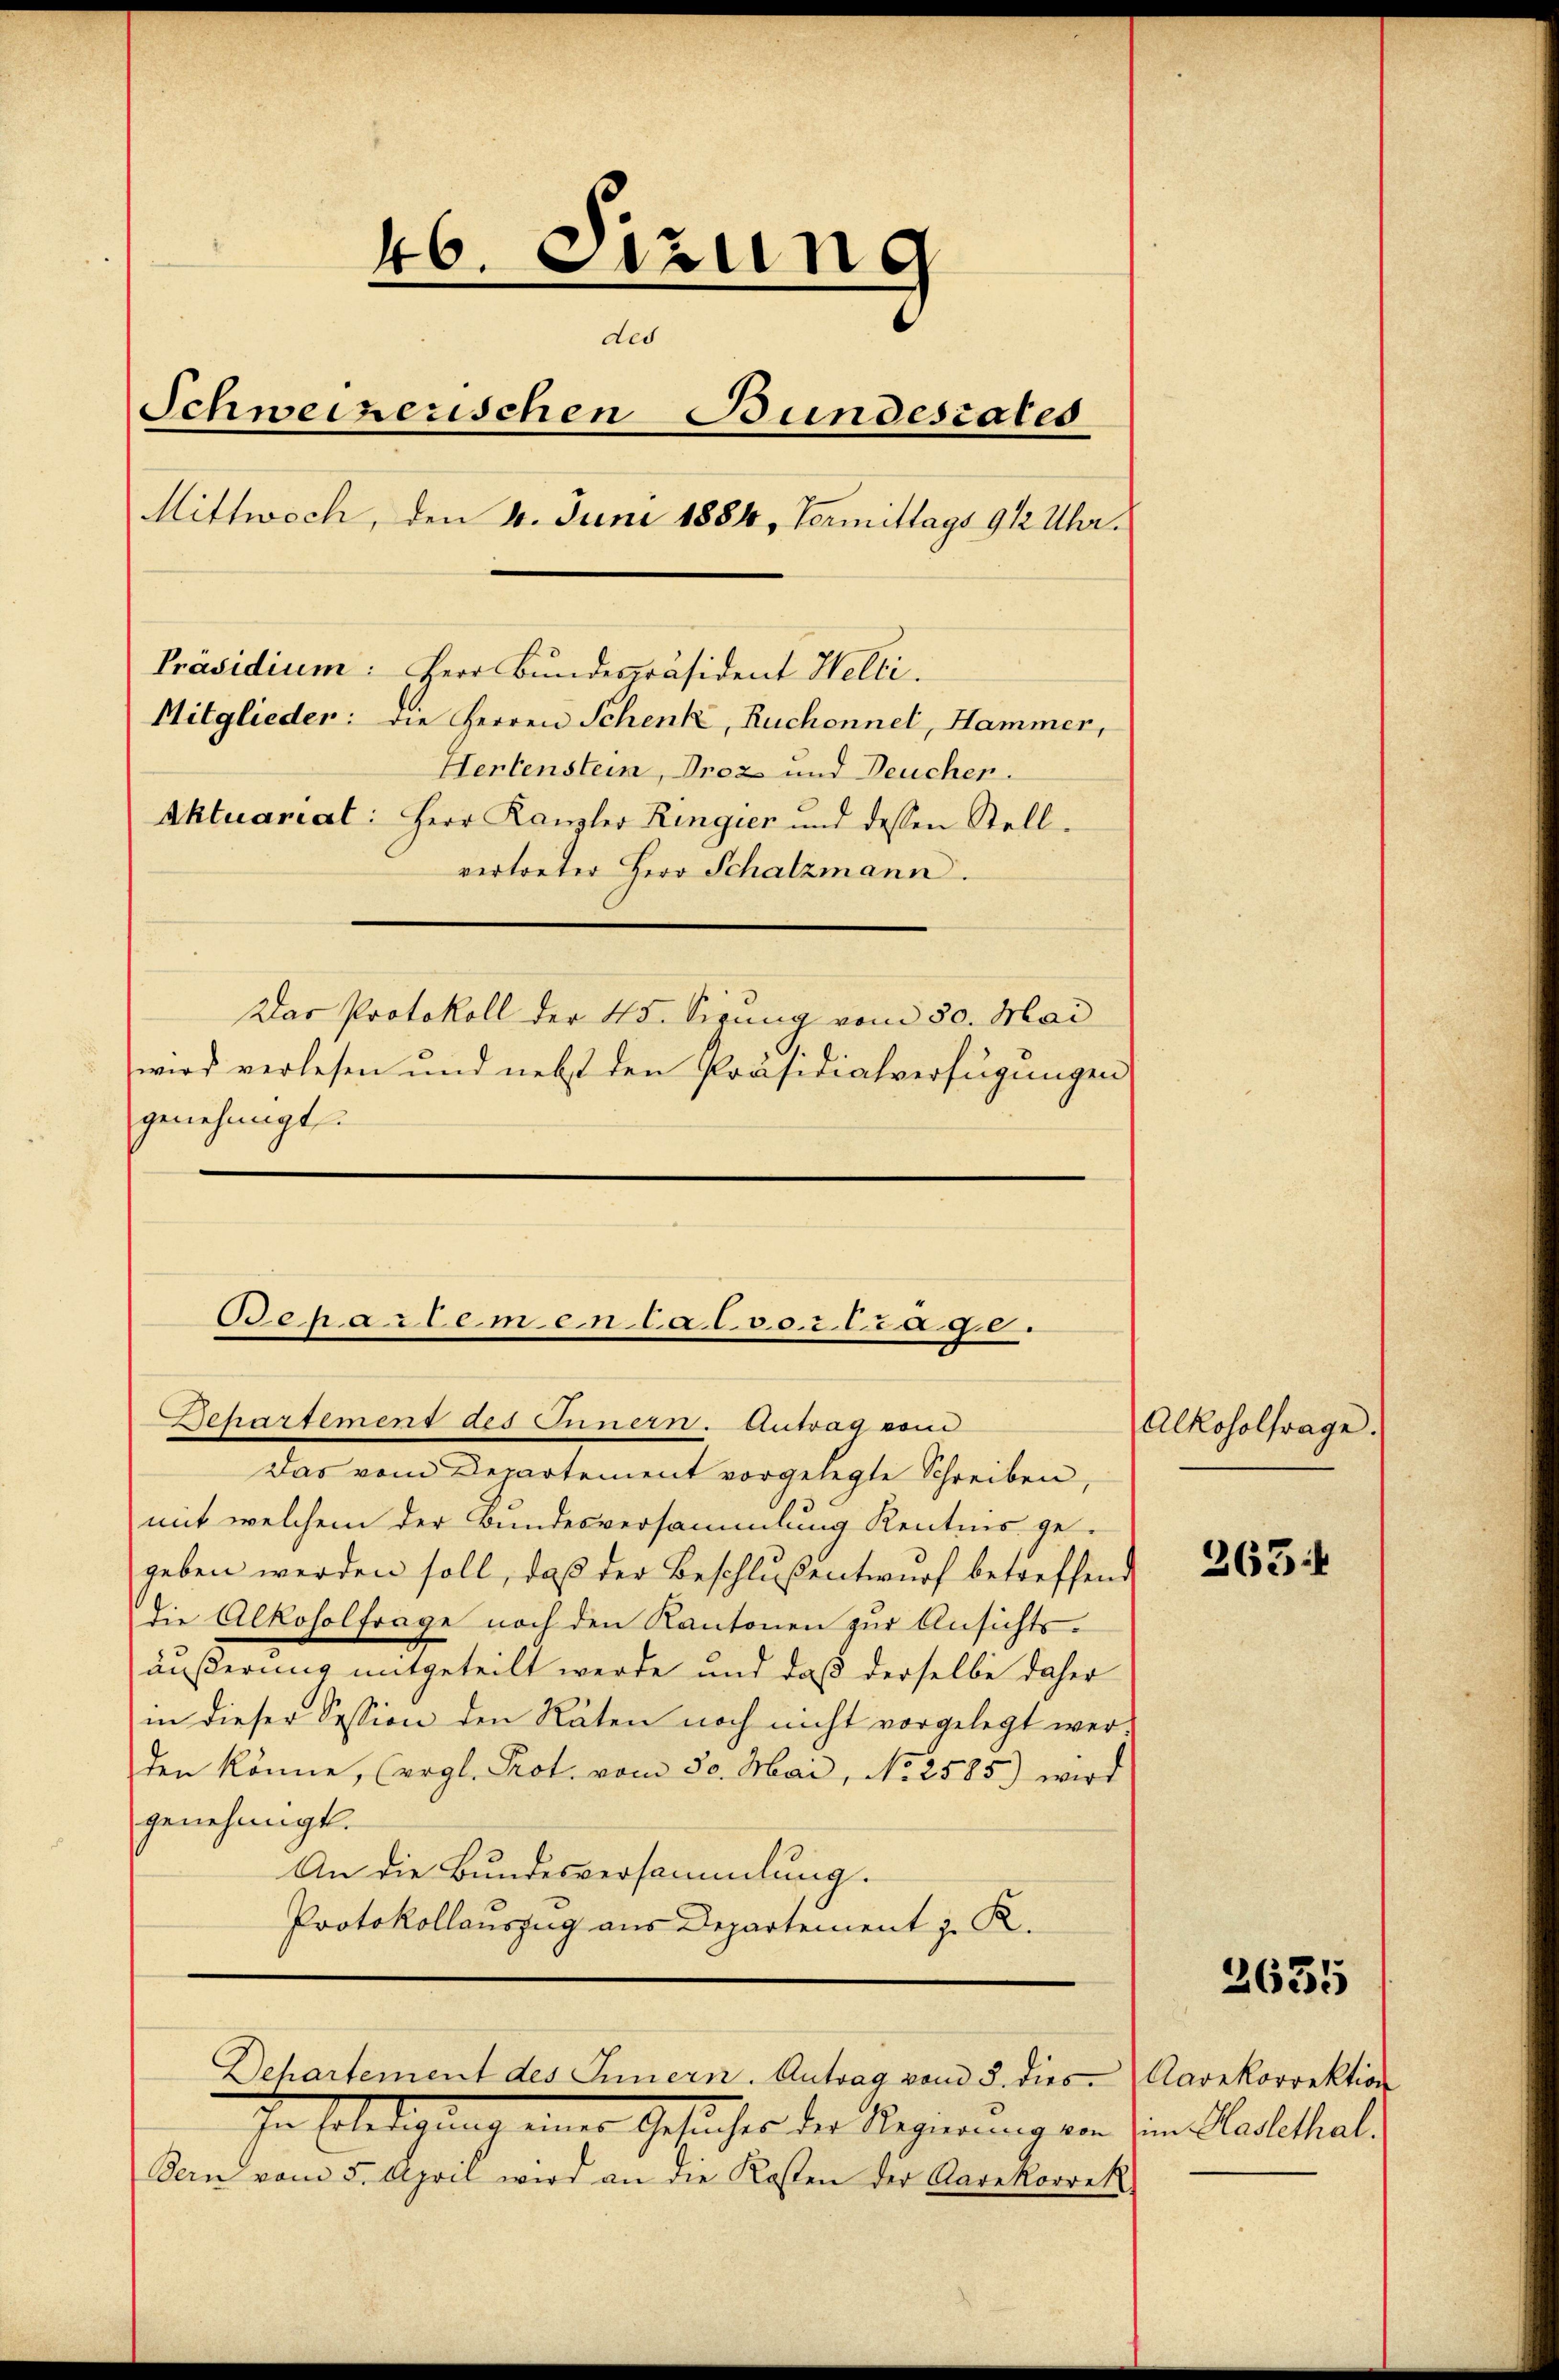
46. Sitzung
e
des
Schweizerischen Bundesrates
Mittwoch, den 4. Juni 1884, Termittags 9 1/2 Uhr.
Präsidium: Herr Bundespräsident Helli.
Mitglieder: die Herren Schenk, Ruchonnet, Hammer,
Hertenstein, Proz und Deuchen.
Aktuariat: Herr Kanzler Ringier und dessen Stell-
vertreter Herr Schatzmann.
Das Protokoll der 45. Sizung vom 30. Mai
wird verlesen und nebst den Präsidialverfügungen
genehmigt.

Schartemen Calvortrage.
Behartement des Innern. Antrag vom

Das vom Departement vorgelegte Schreiben,
mit welchem der Bundesversammlung Kenntnis gegeben werden soll, daß der Beschluß entwurf betreffend
die Alkoholfrage noch den Kantonen zur Ansichtsäußerung mitgeteilt werde und daß derselbe daher
in dieser Session den Räten noch nicht vorgelegt werden könne, (ergl. Prot. vom 30. Mai, No 2585.) wird
genehmigt.
An die Bundesversammlung.
Protokollauszug aus Departement z. K.

In Erledigung einer Gesuches der Regierung von dem Standeshal
Dein vom 5. April wird an die Kosten der Radekorrekt

Dehartement des Innern. Antrag von 3. dies Carekorrektion

Alkoholfrage.

263:

2635